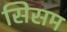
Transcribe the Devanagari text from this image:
सिसम